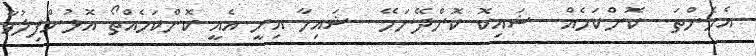
އެހެންތަ.. ކޮންކަމެއް.. ޝައިކޮ ކޮށްދޭނަމޭ.. ޝައިހާ އިނީ އެއީ ކޮންކަމެއްތޯ އޮޅުންފިލުވާ